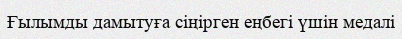
Ғылымды дамытуға сіңірген еңбегі үшін медалі